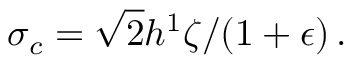
\sigma _ { c } = { \sqrt { 2 } h ^ { 1 } \zeta } / { ( 1 + \epsilon ) } \, .